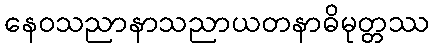
နေဝသညာနာသညာယတနာဓိမုတ္တဿ